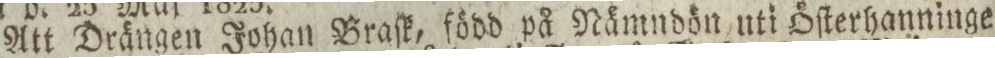
Att Drängen Johan Braſk, född på Nämndön uti Öſterhanninge